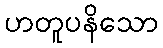
ဟတူပနိသော